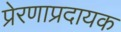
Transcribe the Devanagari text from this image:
प्रेरणाप्रदायक